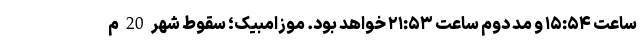
ساعت ۱۵:۵۴ و مد دوم ساعت ۲۱:۵۳ خواهد بود. موزامبیک؛ سقوط شهر 20 م